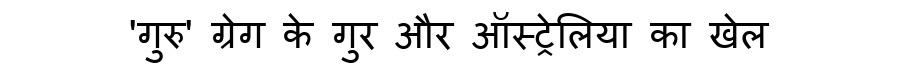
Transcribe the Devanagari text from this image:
'गुरु' ग्रेग के गुर और ऑस्ट्रेलिया का खेल